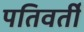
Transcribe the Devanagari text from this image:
पतिवर्ती